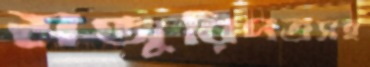
মঞ্জুরিপত্রসহ